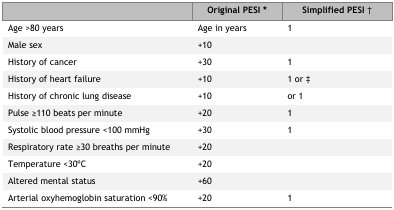
<table><thead><tr><td></td><td><b>Original PESI<sup>*</sup></b></td><td><b>Simplified PESI<sup>†</sup></b></td></tr></thead><tbody><tr><td>Age &gt;80 years</td><td>Age in years</td><td>1</td></tr><tr><td>Male sex</td><td>+10</td><td></td></tr><tr><td>History of cancer</td><td>+30</td><td>1</td></tr><tr><td>History of heart failure</td><td>+10</td><td>1 or <sup>‡</sup></td></tr><tr><td>History of chronic lung disease</td><td>+10</td><td>or 1</td></tr><tr><td>Pulse ≥110 beats per minute</td><td>+20</td><td>1</td></tr><tr><td>Systolic blood pressure &lt;100 mmHg</td><td>+30</td><td>1</td></tr><tr><td>Respiratory rate ≥30 breaths per minute</td><td>+20</td><td></td></tr><tr><td>Temperature &lt;30oC</td><td>+20</td><td></td></tr><tr><td>Altered mental status</td><td>+60</td><td></td></tr><tr><td>Arterial oxyhemoglobin saturation &lt;90%</td><td>+20</td><td>1</td></tr></tbody></table>